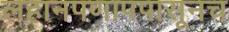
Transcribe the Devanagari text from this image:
लहानपणापपासूनच